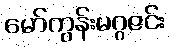
မော်ကွန်းမဂ္ဂဇင်း